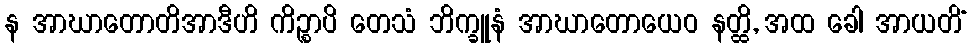
န အာဃာတောတိအာဒီဟိ ကိဉ္စာပိ တေသံ ဘိက္ခူနံ အာဃာတောယေဝ နတ္ထိ, အထ ခေါ အာယတိံ